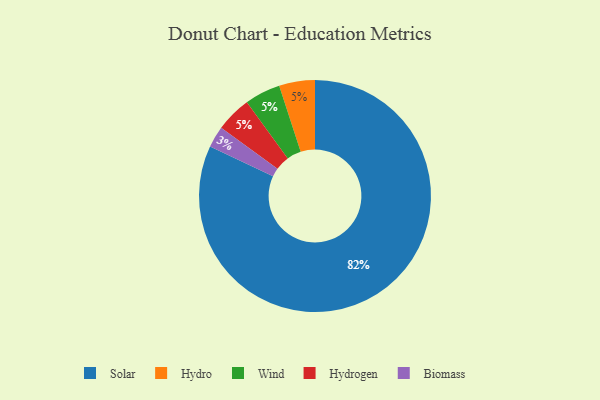
{"axis": {"x": "Category", "y": "Percentage"}, "legend": ["Biomass", "Hydro", "Hydrogen", "Solar", "Wind"], "data": [{"x": "Hydro", "y": 5, "type": "Hydro"}, {"x": "Biomass", "y": 3, "type": "Biomass"}, {"x": "Solar", "y": 82, "type": "Solar"}, {"x": "Wind", "y": 5, "type": "Wind"}, {"x": "Hydrogen", "y": 5, "type": "Hydrogen"}]}